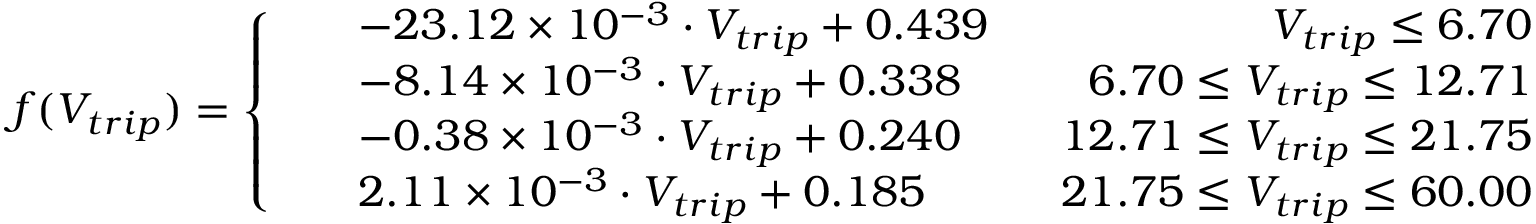
f ( V _ { t r i p } ) = \left\{ \begin{array} { l l } { \begin{array} { r l r } & { - 2 3 . 1 2 \times 1 0 ^ { - 3 } \cdot V _ { t r i p } + 0 . 4 3 9 } & { \ \ V _ { t r i p } \leq 6 . 7 0 } \\ & { - 8 . 1 4 \times 1 0 ^ { - 3 } \cdot V _ { t r i p } + 0 . 3 3 8 } & { \ \ 6 . 7 0 \leq V _ { t r i p } \leq 1 2 . 7 1 } \\ & { - 0 . 3 8 \times 1 0 ^ { - 3 } \cdot V _ { t r i p } + 0 . 2 4 0 } & { \ \ 1 2 . 7 1 \leq V _ { t r i p } \leq 2 1 . 7 5 } \\ & { 2 . 1 1 \times 1 0 ^ { - 3 } \cdot V _ { t r i p } + 0 . 1 8 5 } & { \ \ 2 1 . 7 5 \leq V _ { t r i p } \leq 6 0 . 0 0 } \end{array} } \end{array} \right.